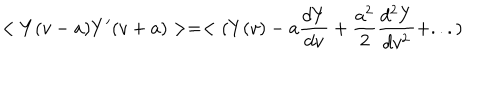
< Y ( v - a ) Y ^ { \prime } ( v + a ) > = < ( Y ( v ) - a { \frac { d Y } { d v } } + { \frac { a ^ { 2 } } { 2 } } { \frac { d ^ { 2 } Y } { d v ^ { 2 } } } + . . . )